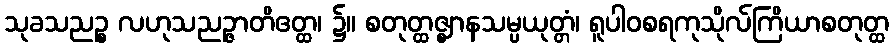
သုခသညဉ္စ လဟုသညဉ္ဇာတိဧတ္ထ၊ ၌။ စတုတ္ထဇ္ဈာနသမ္ပယုတ္တံ၊ ရူပါဝစရကုသိုလ်ကြိယာစတုတ္ထ